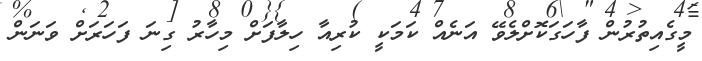
މީގެއިތުރުން ފާހަގަކޮށްލެވޭ އަނެެއް ކަމަކީ ކުރިއާ ހިލާފަށް މިހާރު ގިނަ ފަހަރަށް ވަނަން